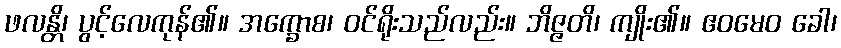
ဖလန္တိ၊ ပွင့်လေကုန်၏။ အက္ခောစ၊ ဝင်ရိုးသည်လည်း။ ဘိဇ္ဇတိ၊ ကျိုး၏။ ဧဝမေဝ ခေါ၊